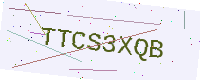
Text: TTCS3XQB